Report on vaccination in the Province of Bengal - 1869-1873
Year: 1869
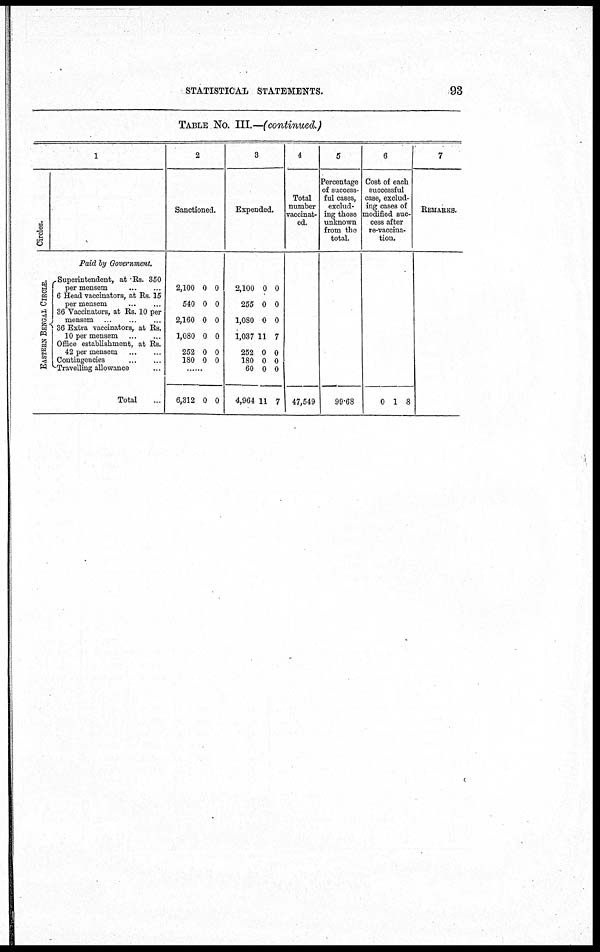
STATISTICAL STATEMENTS.
93
TABLE NO. III.—(continued.)
1
Circles.
Paid by Government.
EASTERN BENGAL CIRCLE.
Superintendent, at Rs. 350
per mensem
...
...
6 Head vaccinators, at Rs. 15
per mensem ... ...
36 Vaccinators, at Rs. 10 per
mensem .. ..
36 Extra vaccinators, at Rs.
10 per mensem
...
...
Office establishment, at Rs.
42 per mensem
...
...
Contingencies
...
...
Travelling allowance ... ...
Total ...
2
Sanctioned.
2,100
540
2,160
1,080
252
180
0
0
0
0
0
0
0
0
0
0
0
0
......
6,312 0 0
3
Expended.
2,100
255
1,080
1,037
252
180
60
4,964
0
0
0
11
0
0
0
11
0
0
0
7
0
0
0
7
4
Total
number
vaccinat-
ed.
47,549
5
Percentage
of success-
ful cases,
exclud-
ing those
unknown
from the
total.
99.68
6
Cost of each
successful
case, exclud-
ing cases of
modified suc-
cess after
re-vaccina-
tion.
0 1 8
7
REMARKS.